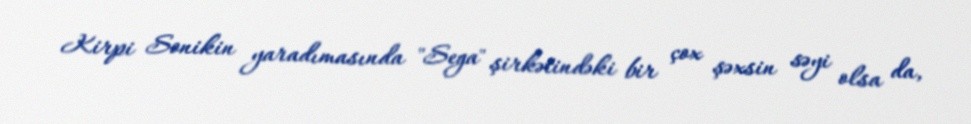
Kirpi Sonikin yaradımasında "Sega" şirkətindəki bir çox şəxsin səyi olsa da,